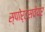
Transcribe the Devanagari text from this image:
स्पोर्ट्सवेयर